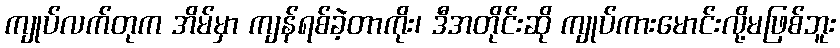
ကျုပ်လက်တုက အိမ်မှာ ကျန်ရစ်ခဲ့တာကိုး၊ ဒီအတိုင်းဆို ကျုပ်ကားမောင်းလို့မဖြစ်ဘူး